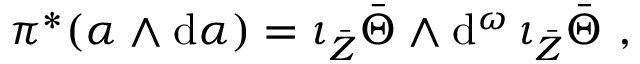
\pi ^ { * } ( \alpha \wedge \mathrm { d } \alpha ) = \iota _ { \bar { Z } } \bar { \Theta } \wedge \mathrm { d } ^ { \omega } \, \iota _ { \bar { Z } } \bar { \Theta } \ ,